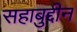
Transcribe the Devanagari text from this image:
सहाबुद्दीन